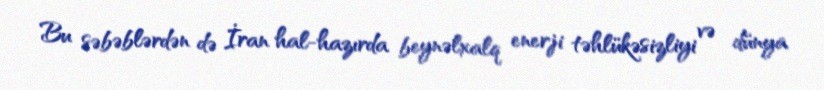
Bu səbəblərdən də İran hal-hazırda beynəlxalq enerji təhlükəsizliyi və dünya